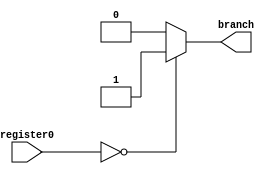
module branch_logic (input [7:0] register0, output reg branch);

	always @ (register0) begin

		if (register0 == 8'b00000000) begin
			branch <= 1'b1;
		end else begin
			branch <= 1'b0;
		end
		
	end


endmodule